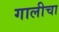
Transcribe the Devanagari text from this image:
गालीचा